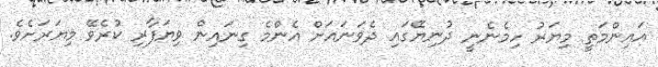
އައިންމަތީ މިޔަރު ހިމެނެނީ ދުނިޔޭގައި ދެވަނައަށް އެންމެ ގިނައިން ވިޔަފާރި ކުރެވޭ މިޔަރަށެވެ.